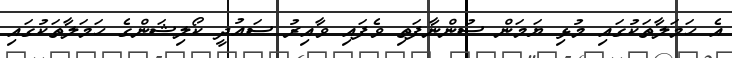
އެ ހަމަލާތަކުގައި މުޅި ޔަމަން ސުންނާފަތި ވެފައި ވާއިރު ސައުދީ ކޯލިޝަންގެ ހަމަލާތަކުގައި